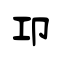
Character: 卭